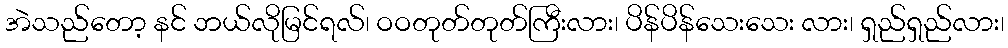
အဲသည်တော့ နင် ဘယ်လိုမြင်ရလ်၊ ဝဝတုတ်တုတ်ကြီးလား၊ ပိန်ပိန်သေးသေး လား၊ ရှည်ရှည်လား၊